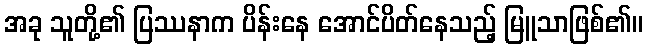
အခု သူတို့၏ ပြဿနာက ပိန်းနေ အောင်ပိတ်နေသည့် မြူသာဖြစ်၏။